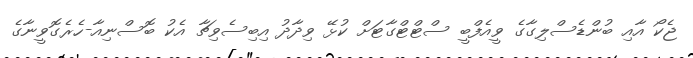
ޖެކޯ އާއި ބުންޑެސްލިގާގެ ވީއެފްބީ ސްޓްޓްގާޓަށް ކުޅޭ ވިދާދު އިބިސެވިޗާ އެކު ބޮސްނިއާ-ހެރެގޮވީނާގެ